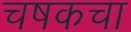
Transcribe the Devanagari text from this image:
चषकचा